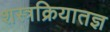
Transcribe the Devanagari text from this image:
शस्त्रक्रियातज्ञ